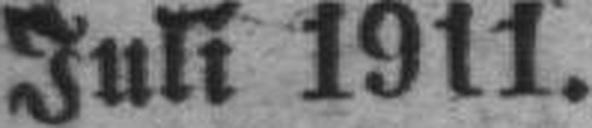
Juli 1911.